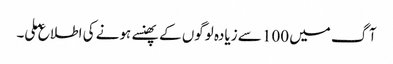
آگ میں 100 سے زیادہ لوگوں کے پھنسے ہونے کی اطلاع ملی۔